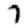
Digit: 7